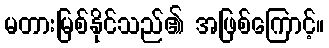
မတားမြစ်နိုင်သည်၏ အဖြစ်ကြောင့်။